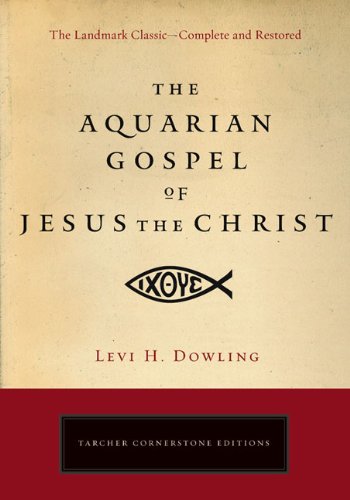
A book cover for The Aquarian Gospel of Jesus the Christ (Tarcher Cornerstone Editions); Levi H. Dowling; Christian Books & Bibles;